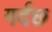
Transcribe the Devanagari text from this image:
गर्दछ